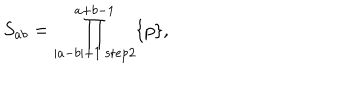
LaTeX: S _ { a b } = \prod _ { | a - b | + 1 ~ \mathrm { s t e p } 2 } ^ { a + b - 1 } \{ p \} ,